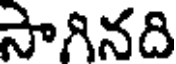
సాగినది